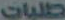
طلبات